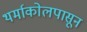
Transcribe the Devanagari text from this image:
थर्माकोलपासून